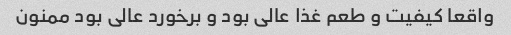
واقعا کیفیت و طعم غذا عالی بود و برخورد عالی بود ممنون